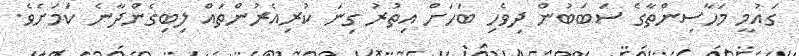
ގައުމީ މަހާސިންތާގެ ސަބަބުން ދިވެހި ބަހަށް އިތުރު ގިނަ ކުރިއެރުންތައް ލިބިގެންދާނެ ކަމަށެވެ.